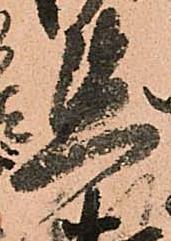
懇